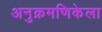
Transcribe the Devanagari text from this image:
अनुक्रमणिकेला